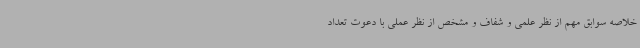
خلاصه سوابق مهم از نظر علمی و شفاف و مشخص از نظر عملی با دعوت تعداد